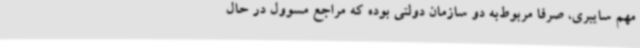
مهم سایبری، صرفا مربوط‌به دو سازمان دولتی بوده که مراجع مسوول در حال